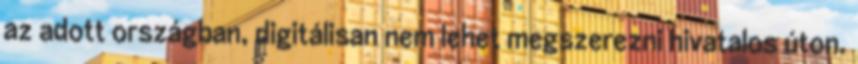
az adott országban, digitálisan nem lehet megszerezni hivatalos úton.